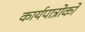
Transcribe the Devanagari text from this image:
कार्यपात्रोको